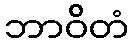
ဘာဝိတံ